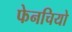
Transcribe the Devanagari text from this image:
फेनचियो